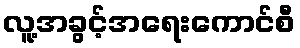
လူ့အခွင့်အရေးကောင်စီ